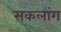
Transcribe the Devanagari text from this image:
सकलांग